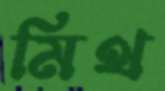
মিথ